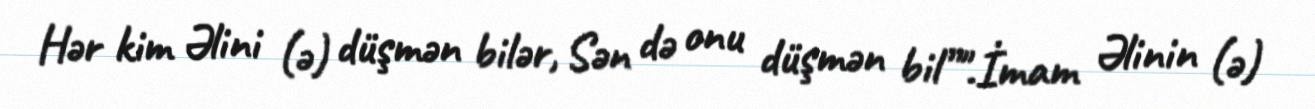
Hər kim Əlini (ə) düşmən bilər, Sən də onu düşmən bil”".İmam Əlinin (ə)